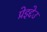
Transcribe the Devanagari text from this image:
प्रेइद्देउ